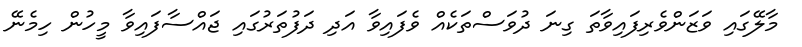
މާލޭގައި ވަޒަންވެރިފައިވާތަ ގިނަ ދުވަސްތަކެއް ވެފައިވާ އަދި ދަފުތަރުގައި ޖައްސާފައިވާ މީހުން ހިމެނޭ